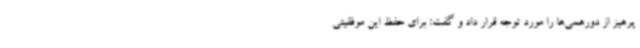
پرهیز از دورهمی‌ها را مورد توجه قرار داد و گفت: برای حفظ این موفقیتی